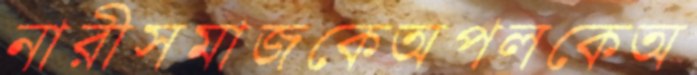
নারীসমাজকেঅপলকেঅ